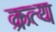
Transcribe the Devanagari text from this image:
क्रत्य